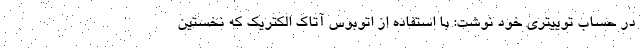
در حساب توییتری خود نوشت: با استفاده از اتوبوس آتاک الکتریک که نخستین